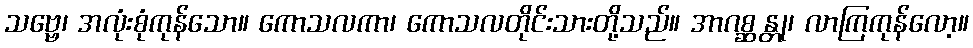
သဗ္ဗေ၊ အလုံးစုံကုန်သော။ ကောသလကာ၊ ကောသလတိုင်းသားတို့သည်။ အာဂစ္ဆန္တု၊ လာကြကုန်လော့။